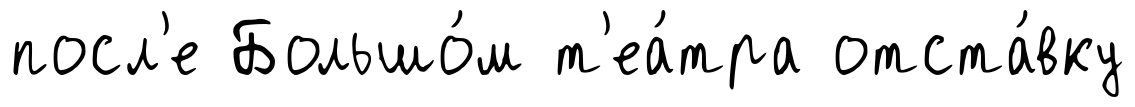
посл'е Большо́м т'еа́тра отста́вку